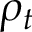
\rho _ { t }